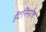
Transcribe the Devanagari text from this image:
ईंटनिर्माता